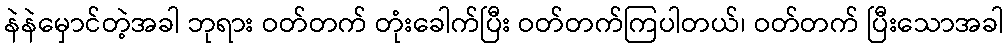
နဲနဲမှောင်တဲ့အခါ ဘုရား ဝတ်တက် တုံးခေါက်ပြီး ဝတ်တက်ကြပါတယ်၊ ဝတ်တက် ပြီးသောအခါ